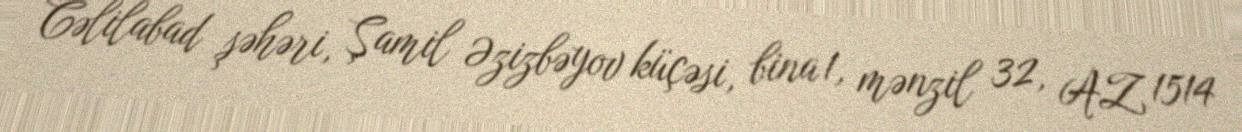
Cəlilabad şəhəri, Şamil Əzizbəyov küçəsi, bina 1, mənzil 32, AZ 1514